Riigikantselei, lk 5
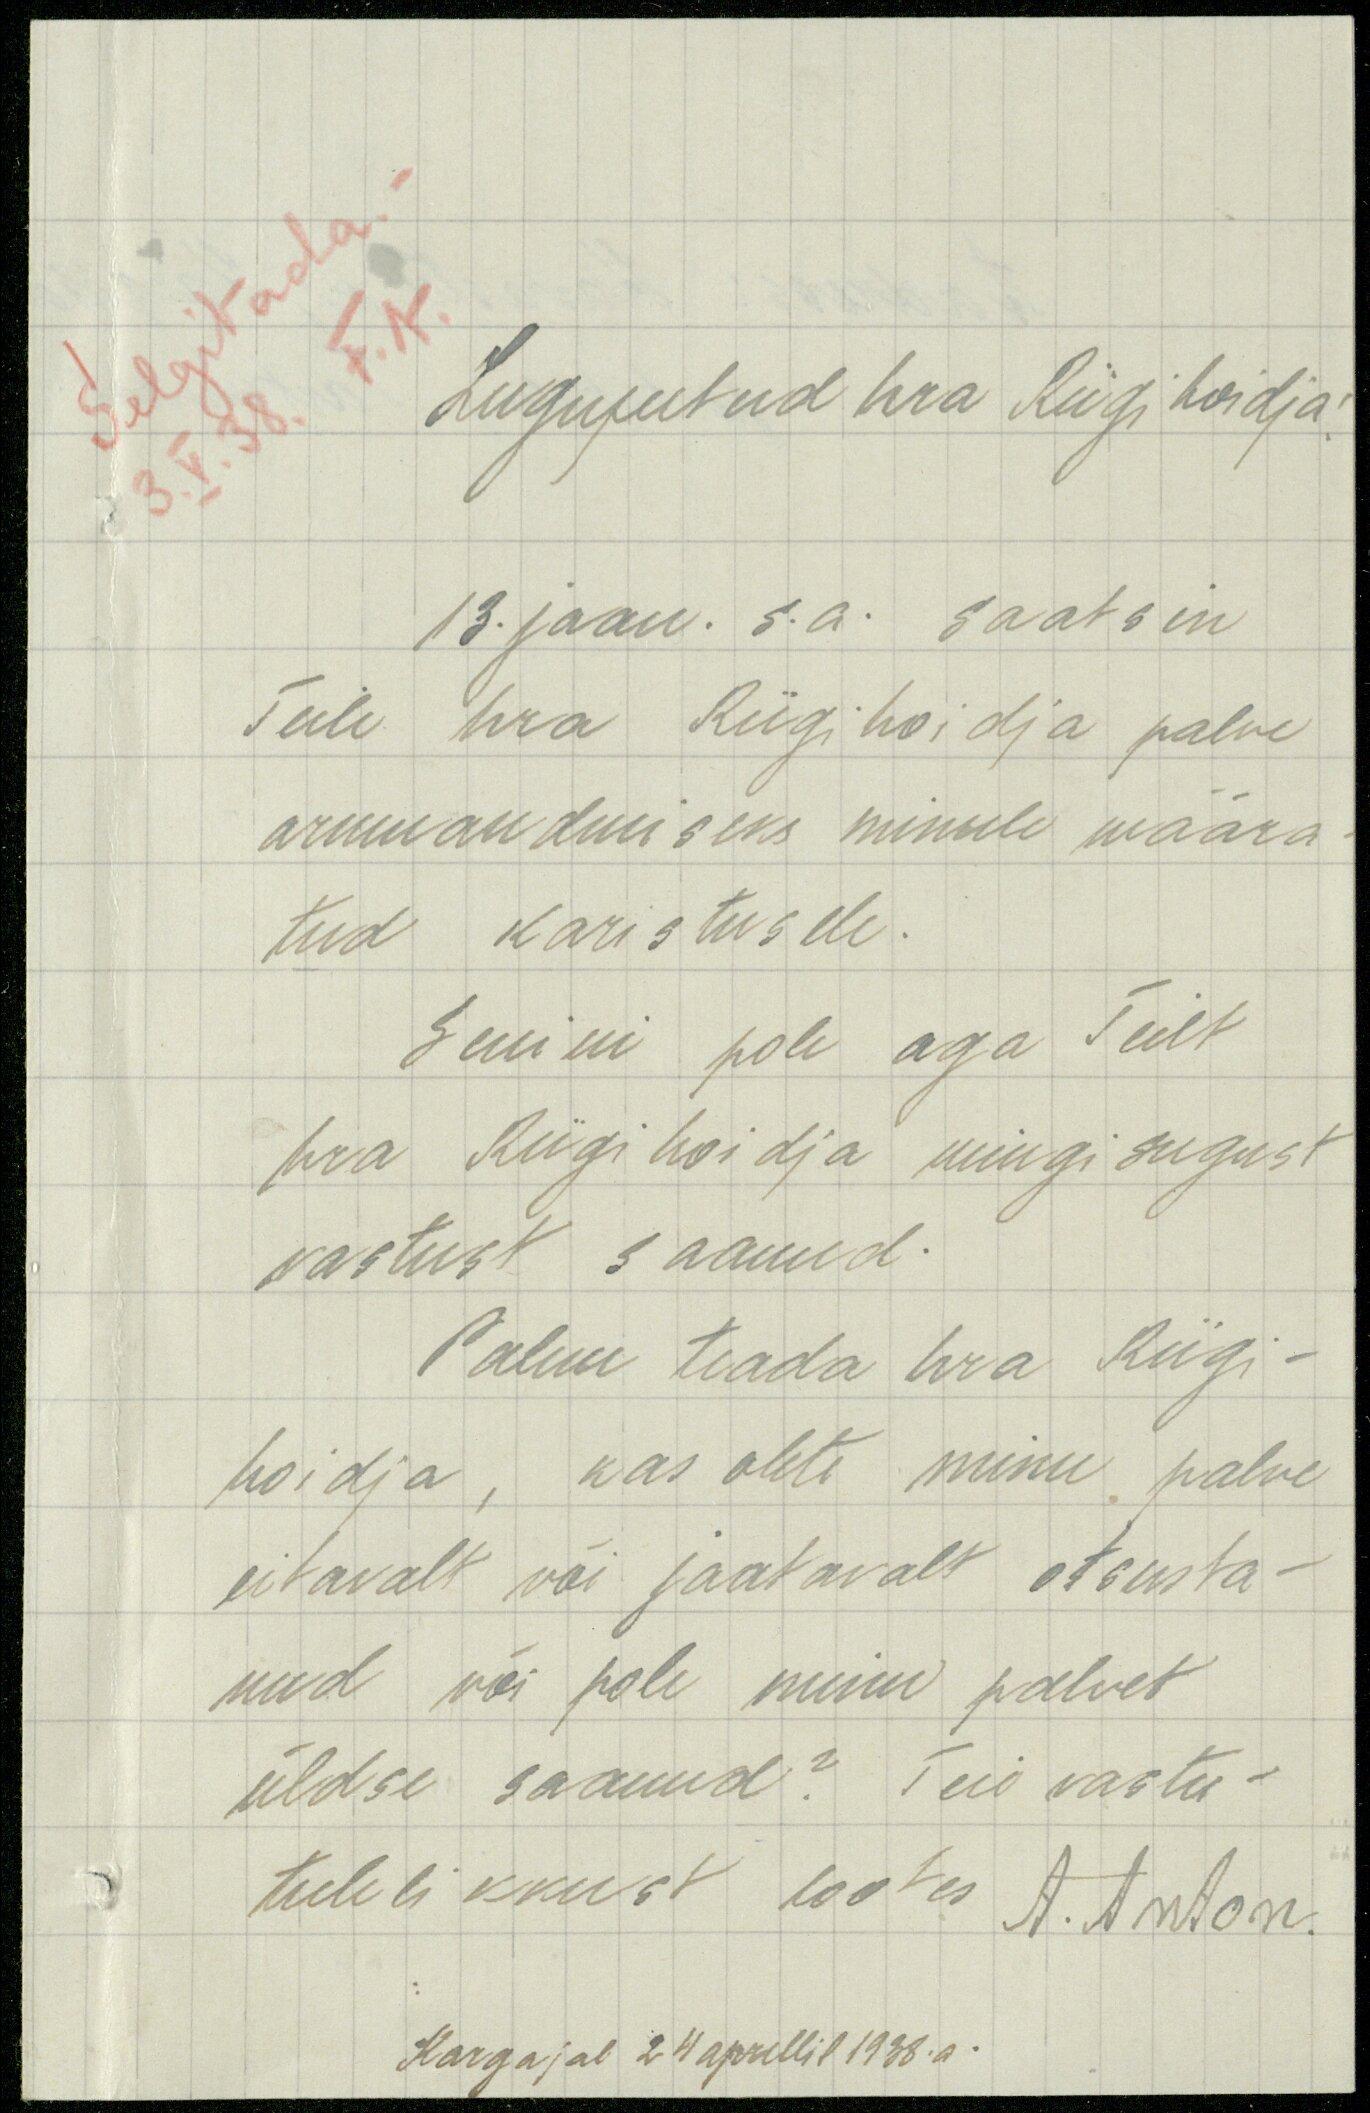
Selgitada. –
Lugupeetud hra Riigihoidja!
3. V. 38 F.A.
13. jaan. s.a. saatsin
Teile hra Riigihoidja palve
armuandmiseks minule määra-
tud karistusele.
Senini pole aga Teilt
hra Riigihoidja mingisugust
vastust, saanud.
Palun teada hra Riigi-
hoidja, kas olete minu palve
eitavalt või jaatavalt otsusta-
nud või pole minu palvet
üldse saanud? Teie vastu-
tulelikkust lootes A. Anton
Kargajal 24 aprillil 1938.a.